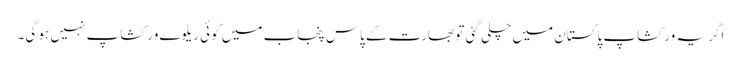
اگر یہ ورکشاپ پاکستان میں چلی گئی تو بھارت کے پاس پنجاب میں کوئی ریلوے ورکشاپ نہیں ہو گی۔